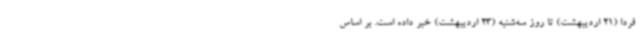
فردا (21 اردیبهشت) تا روز سه‌شنبه (23 اردیبهشت) خبر داده است. بر اساس